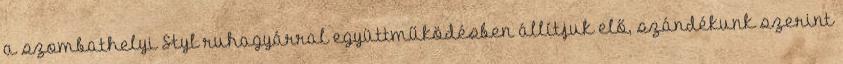
a szombathelyi Styl ruhagyárral együttműködésben állítjuk elő, szándékunk szerint